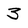
Character: 3